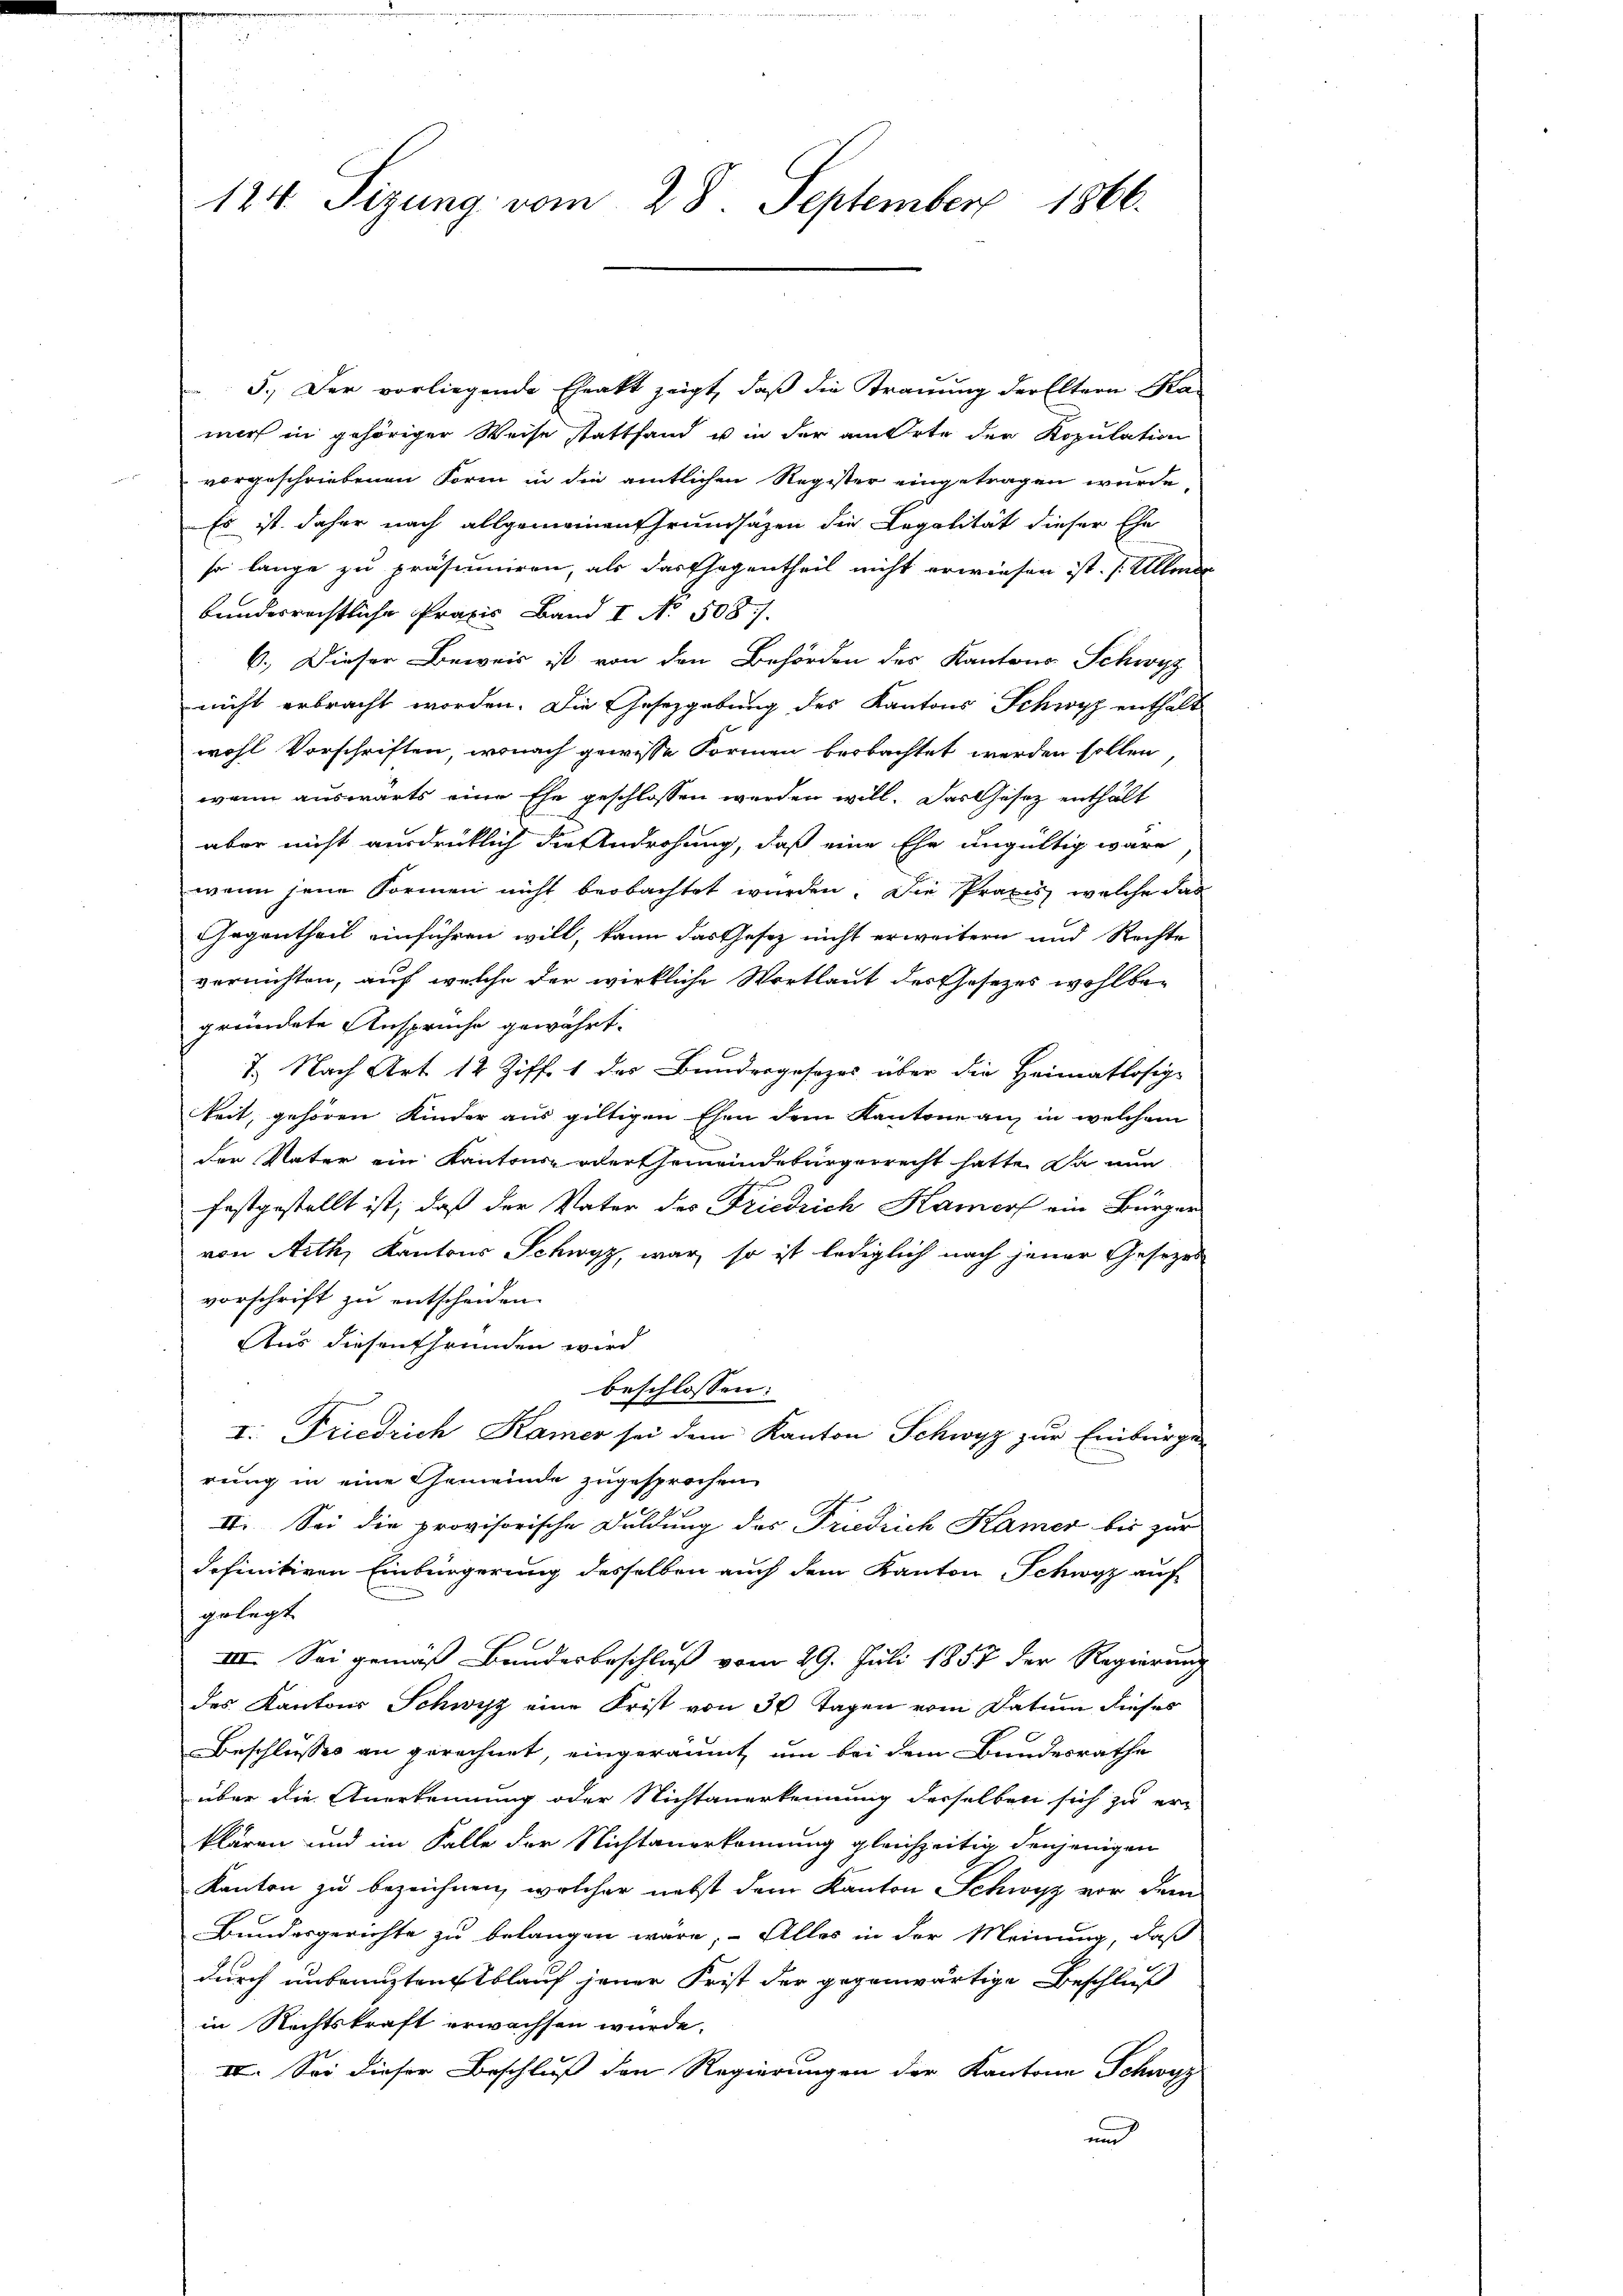
124. Sizung vom 28. September 1866.

5.) Der vorliegende Eheakt zeigt, daß die Trauung der Eltern Ka-
mirs in gehöriger Weise stattfand u in der am Orte der Kopulation
vorgeschriebenen Form in die amtlichen Register eingetragen wurde
Es ist daher nach allgemeinen Grundsätzen die Legalität dieser Ehe
so lange zu präsumiren, als das Gegentheil nicht erwiesen ist. Ullmer
bandesrechtliche Praxis Band I No. 508.
6.) Dieser Beweis ist von den Behörden des Kantons Schwyz
nicht erbracht worden. Die Gesetzgebung des Kantons Schwyz enthält
wohl Vorschriften, wonach gewisse Formen beobachtet werden sollen,
wenn auswärts eine Ehe geschlossen werden will. Das Gesetz enthält
aber nicht ausdrüklich die Androhung, daß eine Ehe ungültig wäre
wenn jene Formen nicht beobachtet wurden. Die Praxis welche das
Gegentheil einführen will, kann das Gesetz nicht erweitern und Rechte
vernichten, auf welche der wirkliche Wortlaut der Ehesezes wohlbe-
gründete Ansprüche gewährt.
7. Nach Art. 12 Ziff. 1 des Bundesgesezes über die Heimatlosig-
keit, gehören Kinder aus giltigen Ehen dem Kantone an, in welchem
der Vater ein Kantons oder Gemeindebürgerrecht hatte. Da nun
festgestellt ist, daß der Vater des Friedrich Kamer ein Bürger
von Arth, Kantons Schwyz, war, so ist lediglich nach jener Gesezes
vorschrift zu entscheiden.
Aus diesen Grunden wird
beschlossen:
I. Friedrich Kamer sei dem Kanton Schwyz zur Einbürger
rung in eine Gemeinde zugesprochen
II. Sei die provisorische Duldung des Friedrich Kamer bis zur
definitiven Einbürgerung desselben auch dem Kanton Schwyz auf
gelegt.
III. Sei gemäss Bundesbeschluß vom 29. Juli 1857 der Regierung
des Kantons Schwyz eine Frist von 30 Tagen vom Datum dieses
Beschlusses an gerechnet, eingeräumt, um bei dem Bundesrathe
über die Anerkennung oder Nichtanerkennung desselben sich zu er-
klären und im Falle der Nichtanerkennung gleichzeitig denjenigen
Kanton zu bezeichnen, welcher nebst dem Kanton Schwyz vor dem
Bundergerichte zu belangen wäre, Alles in der Meinung, daß
durch unbemustenstblauf jener Frist der gegenwärtige Beschluß
in Rechtskraft erwachsen wurde.
IV. Sei dieser Beschluß den Regierungen der Kantone Schwyz
un